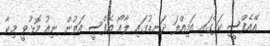
އޭއެފްސީ ކަޕްގައި އަމިއްލަ ދަނޑުގައި ލާއޯ އެފްސީ އަތުން ނިއު މޮޅުވީ މިކާ